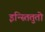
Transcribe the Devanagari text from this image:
इन्स्तितुतो